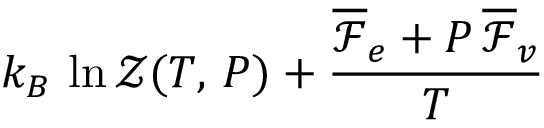
k _ { B } \, \ln \mathcal { Z } ( T , \, P ) + \frac { \overline { \mathcal { F } } _ { e } + P \, \overline { \mathcal { F } } _ { v } } { T }